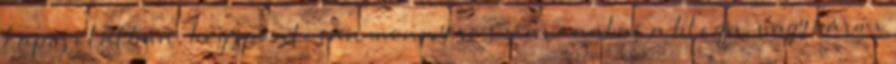
kapcsolatban, hogy pontosan mennyire színvonalas a blogja, vagy bármi